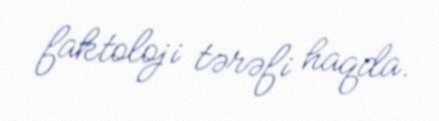
faktoloji tərəfi haqda.